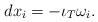
LaTeX: \begin{align*}dx_i=-\iota_T\omega_i.\end{align*}